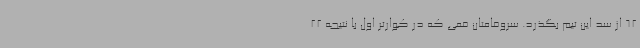
62 از سد این تیم بگذرد. سروقامتان قمی که در کوارتر اول با نتیجه 22